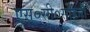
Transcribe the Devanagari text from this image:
एस०सी०साहनी